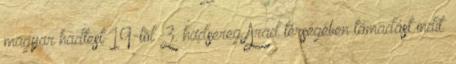
magyar hadtest 19-tõl 3. hadsereg Arad térségében támadást indít.